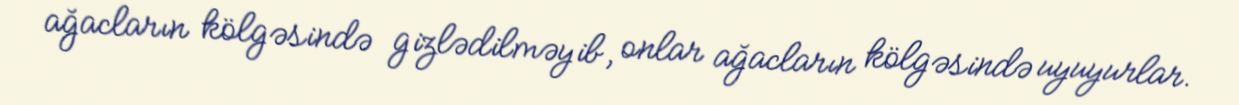
ağacların kölgəsində gizlədilməyib, onlar ağacların kölgəsində uyuyurlar.